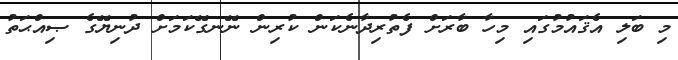
މި ބަލި އެޤައުމުގައި މިހާ ބާރަށް ފެތުރިދާނެކަން ކުރިން ނޭނގޭކަމަށް ދުނިޔޭގެ ޞިއްޙަތު